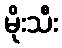
မိုးသီး